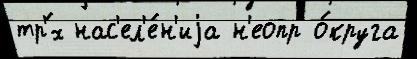
тр'́х нас'ел'е́н'иjа н'еопр о́круга